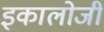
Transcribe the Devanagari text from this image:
इकालोजी